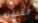
فقدانه